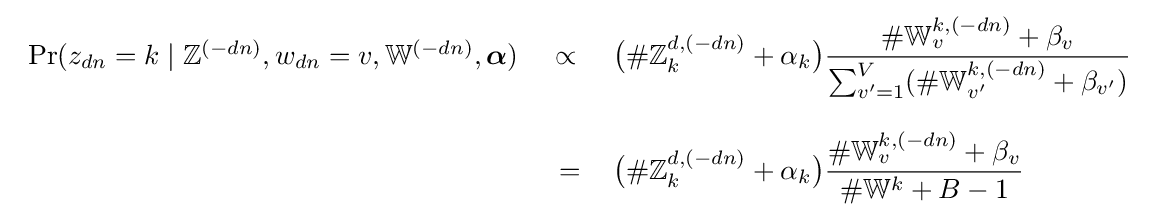
{\begin{array}{rcl}\Pr(z_{dn}=k\mid \mathbb {Z} ^{(-dn)},w_{dn}=v,\mathbb {W} ^{(-dn)},{\boldsymbol {\alpha }})\ &\propto \ &{\bigl (}\#\mathbb {Z} _{k}^{d,(-dn)}+\alpha _{k}{\bigr )}{\dfrac {\#\mathbb {W} _{v}^{k,(-dn)}+\beta _{v}}{\sum _{v'=1}^{V}(\#\mathbb {W} _{v'}^{k,(-dn)}+\beta _{v'})}}\\&&\\&=&{\bigl (}\#\mathbb {Z} _{k}^{d,(-dn)}+\alpha _{k}{\bigr )}{\dfrac {\#\mathbb {W} _{v}^{k,(-dn)}+\beta _{v}}{\#\mathbb {W} ^{k}+B-1}}\end{array}}